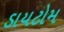
ડાયટોમ